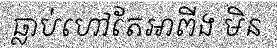
ធ្លាប់ហៅតែអាពីង មិន